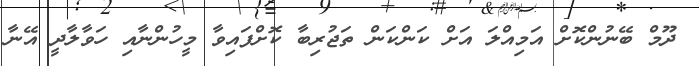
ދޫމް ބޭނުންކޮށް އަމިއްލަ އަށް ކަންކަން ތަޖުރިބާ ކޮށްފައިވާ މީހުންނާއި ހަވާލާދީ އޭނާ